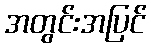
အတွင်းအပြင်